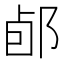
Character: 𨛕